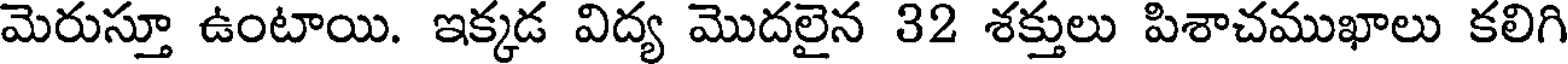
మెరుస్తూ ఉంటాయి. ఇక్కడ విద్య మొదలైన 32 శక్తులు పిశాచముఖాలు కలిగి